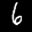
Label: 6